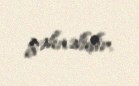
gəlməlidir.